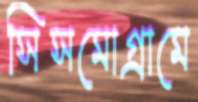
সিসমোগ্রামে